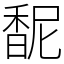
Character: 馜